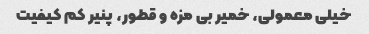
خیلی معمولی، خمیر بی مزه و قطور، پنیر کم کیفیت